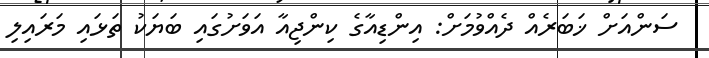
ސަންއަށް ޚަބަރެއް ދެއްވުމަށް: އިންޑިއާގެ ކިންޖިއާ އަވަށުގައި ބަޔަކު ތަޅައި މަރައިލި